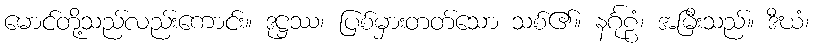
မောင်တို့သည်လည်းကောင်း။ ဒုဋ္ဌဿ၊ ပြစ်မှားတတ်သော သစ်၏။ နင်္ဂုဠံ၊ အမြီးသည်။ ဒီဃံ၊